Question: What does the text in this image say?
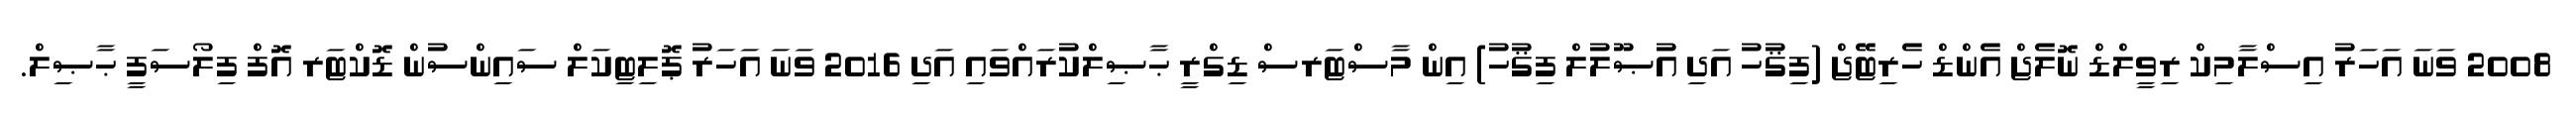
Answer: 2008 ވަނަ އަހަރު އިސްލާމިކް ރިވީލްޑް ނޮލެޖް އެންޑް ހެރިޓޭޖް (ފިޤުހު އަދި އުޞޫލުލް ފިޤުހު) އިން މާސްޓަރސް ޑިގްރީ ޙާޞިލްކުރައްވައި އަދި 2016 ވަނަ އަހަރު ޕޮލިޓިކަލް ސައިންސުން ޑޮކްޓަރ އޮފް ފިލޯސަފީ ޙާޞިލް.